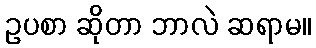
ဥပစာ ဆိုတာ ဘာလဲ ဆရာမ။